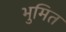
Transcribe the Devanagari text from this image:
भुमित